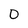
Character: 0